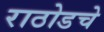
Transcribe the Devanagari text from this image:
राठोडचे